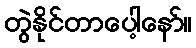
တွဲနိုင်တာပေါ့နော်။